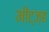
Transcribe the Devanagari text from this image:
मीट्ज़ह